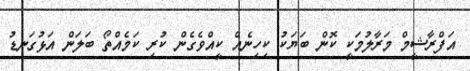
އަފްރާޝީމް މަރާލުމަކީ ކޮން ބަޔަކު ކިހިނެއް ކީއްވެގެން ކުރި ކަމެއްތޯ ބަލަން އަޅުގަނޑު